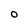
Character: O